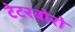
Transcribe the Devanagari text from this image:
टेटरबोरो